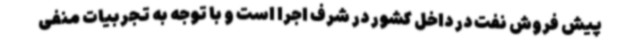
پیش فروش نفت در داخل کشور در شرف اجرا است و با توجه به تجربیات منفی